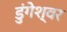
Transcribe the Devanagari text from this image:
डुंगेश्वर